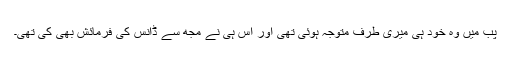
پب میں وہ خود ہی میری طرف متوجہ ہوئی تھی اور اس ہی نے مجھ سے ڈانس کی فرمائش بھی کی تھی۔